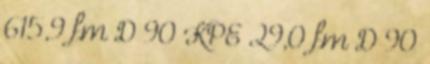
615,9 fm D 90 KPE 29,0 fm D 90